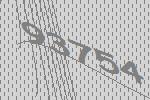
93754